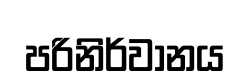
පරිනිර්වානය